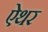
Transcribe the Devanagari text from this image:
ऐथर